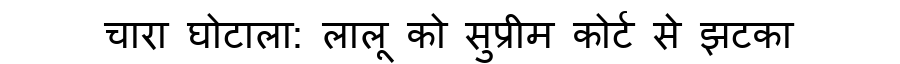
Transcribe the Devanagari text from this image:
चारा घोटाला: लालू को सुप्रीम कोर्ट से झटका